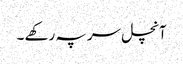
آنچل سر پہ رکھے ۔